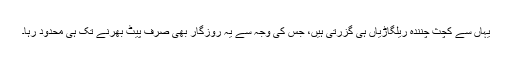
یہاں سے کچث چنندہ ریلگاڑیاں ہی گزرتی ہیں، جس کی وجہ سے یہ روزگار بھی صرف پیٹ بھرنے تک ہی محدود رہا۔